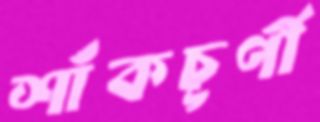
শাঁকচূর্ণী